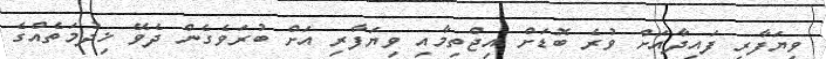
ވިޔަފާރި ފައިދާއަށް ވުރެ ބޮޑަށް އިޖްތިމާއި ވިޔަފާރި އަށް ބުރަވެގެން ދެވޭ ޚިދުމަތެއްގެ